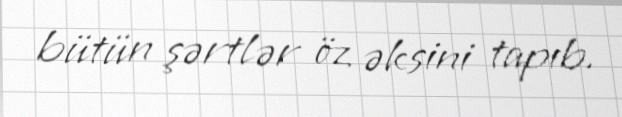
bütün şərtlər öz əksini tapıb.